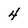
Character: 4